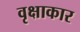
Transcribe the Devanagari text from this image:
वृक्षाकार